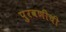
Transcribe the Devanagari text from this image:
पुरवणीची